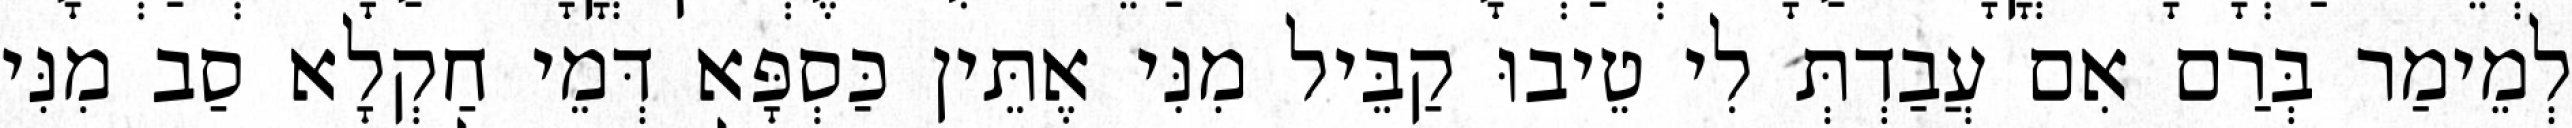
לְמֵימַר בְּרַם אִם עֲבַדְתְּ לִי טֵיבוּ קַבֵּיל מִנִּי אֶתֵּין כַּסְפָּא דְּמֵי חַקְלָא סַב מִנִּי